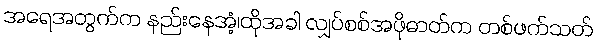
အရေအတွက်က နည်းနေအံ့၊ထိုအခါ လျှပ်စစ်အဖိုဓာတ်က တစ်ဖက်သတ်